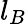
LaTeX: l_{B}